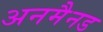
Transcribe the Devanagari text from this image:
अनमैनड